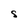
Character: S